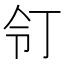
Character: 𠄖